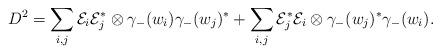
LaTeX: \begin{align*}D^2 = \sum_{i, j} \mathcal{E}_i \mathcal{E}_j^* \otimes \gamma_{-}(w_i) \gamma_{-}(w_j)^* + \sum_{i, j} \mathcal{E}_j^* \mathcal{E}_i \otimes \gamma_{-}(w_j)^* \gamma_{-}(w_i).\end{align*}